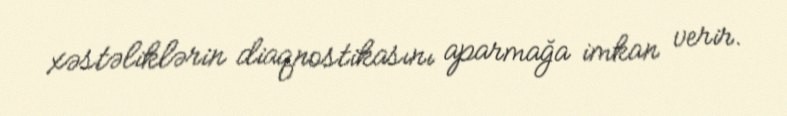
xəstəliklərin diaqnostikasını aparmağa imkan verir.